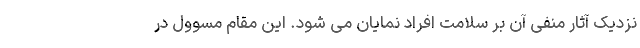
نزدیک آثار منفی آن بر سلامت افراد نمایان می شود. این مقام مسوول در